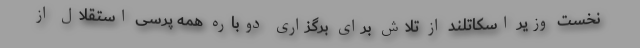
نخست وزیر اسکاتلند از تلاش برای برگزاری دوباره همه پرسی استقلال از